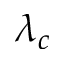
\lambda _ { c }